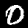
Label: 0